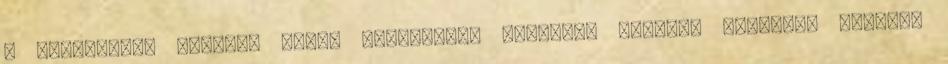
a fájdalmak. Markolf Niemz biofizikus elmélete érdekes példával szolgál